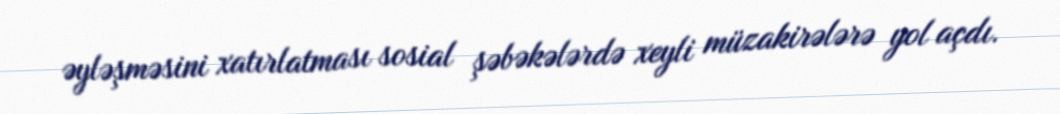
əyləşməsini xatırlatması sosial şəbəkələrdə xeyli müzakirələrə yol açdı.